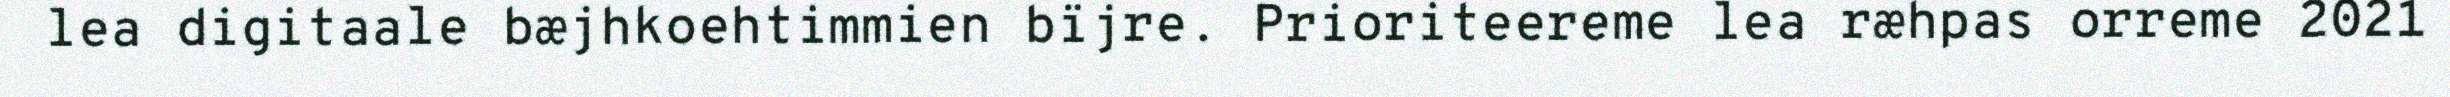
lea digitaale bæjhkoehtimmien bïjre. Prioriteereme lea ræhpas orreme 2021